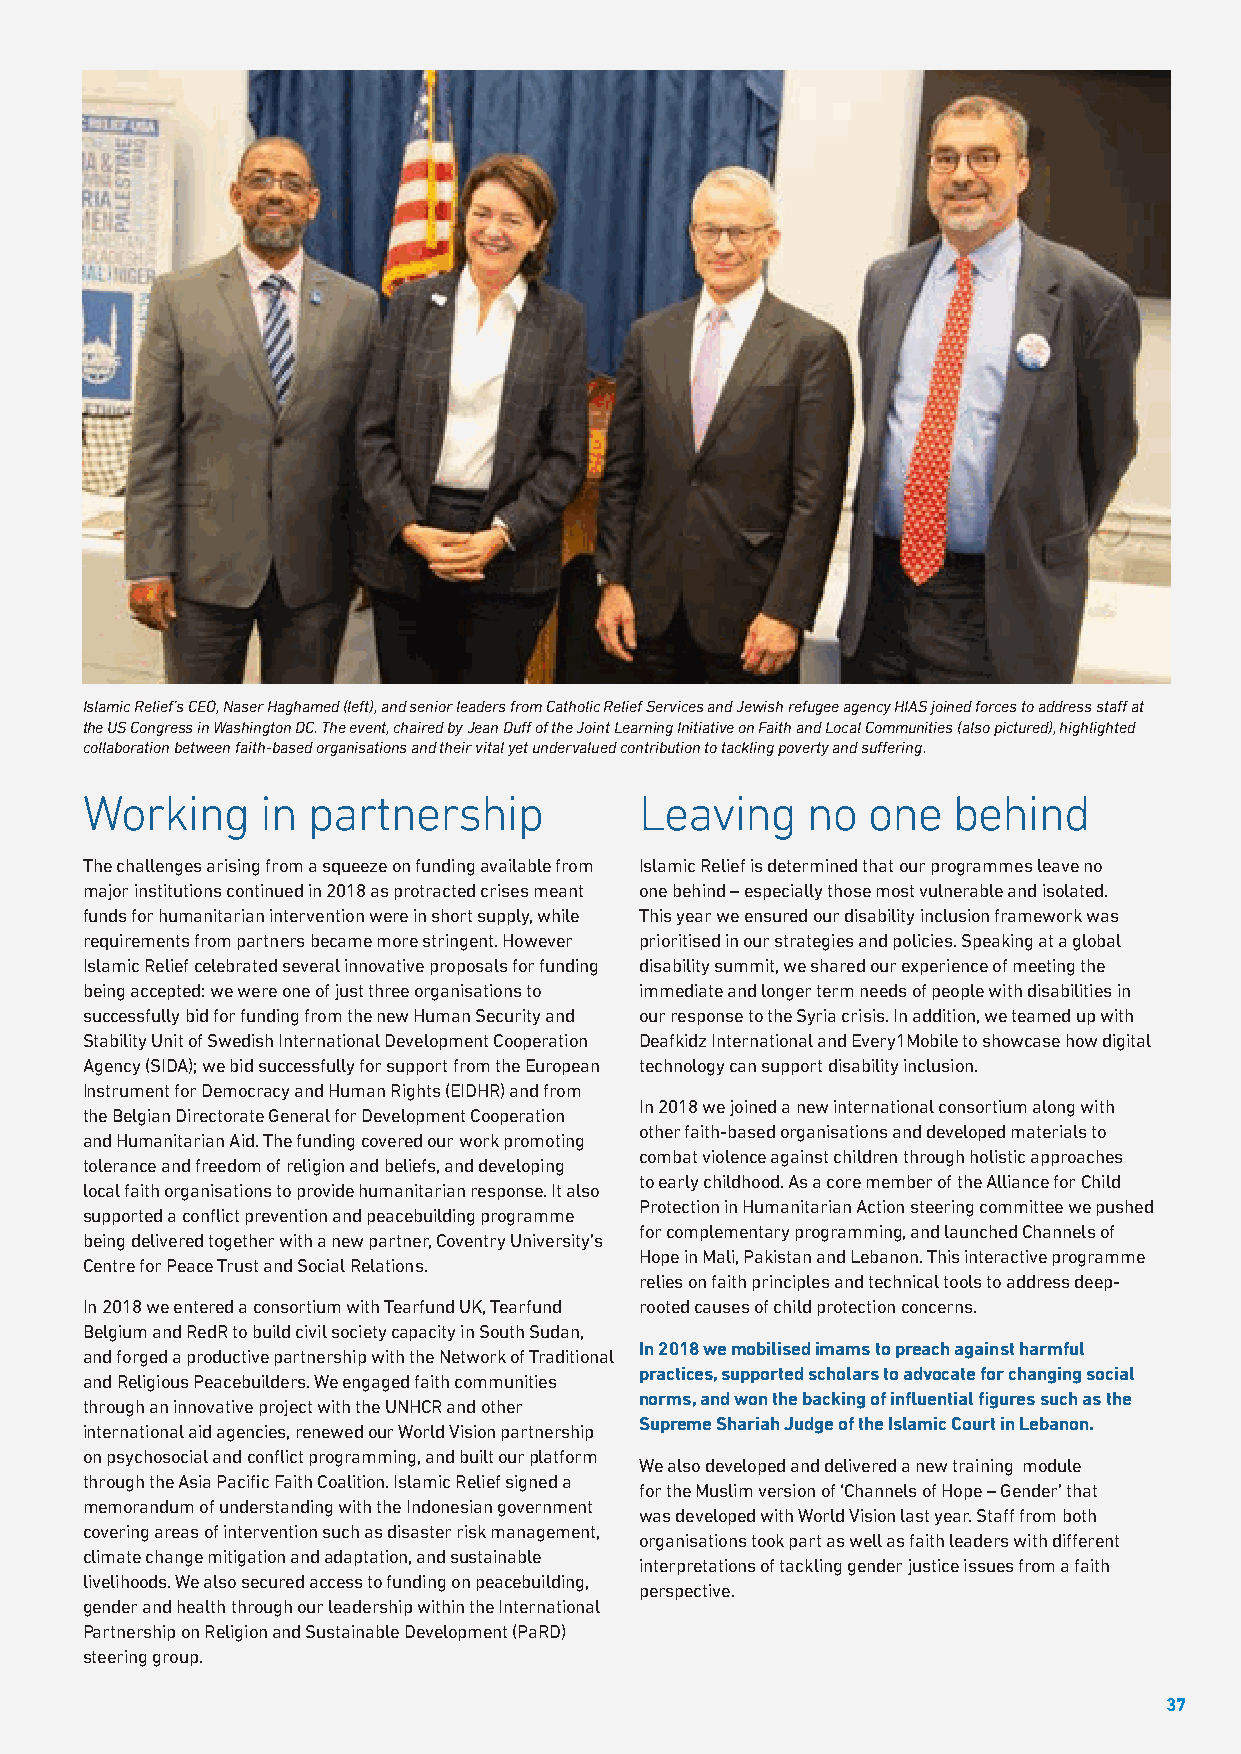
Islamic Relief’s CEO, Naser Haghamed (left), and senior leaders from Catholic Relief Services and Jewish refugee agency HIAS joined forces to address staff at
 the US Congress in Washington DC. The event, chaired by Jean Duff of the Joint Learning Initiative on Faith and Local Communities (also pictured), highlighted
 collaboration between faith-based organisations and their vital yet undervalued contribution to tackling poverty and suffering.
 Working     in partnership           Leaving    no  one   behind
 The challenges arising from a squeeze on funding available from Islamic Relief is determined that our programmes leave no
 major institutions continued in 2018 as protracted crises meant one behind – especially those most vulnerable and isolated.
 funds for humanitarian intervention were in short supply, while This year we ensured our disability inclusion framework was
 requirements from partners became more stringent. However prioritised in our strategies and policies. Speaking at a global
 Islamic Relief celebrated several innovative proposals for funding disability summit, we shared our experience of meeting the
 being accepted: we were one of just three organisations to immediate and longer term needs of people with disabilities in
 successfully bid for funding from the new Human Security and our response to the Syria crisis. In addition, we teamed up with
 Stability Unit of Swedish International Development Cooperation Deafkidz International and Every1Mobile to showcase how digital
 Agency (SIDA); we bid successfully for support from the European technology can support disability inclusion.
 Instrument for Democracy and Human Rights (EIDHR) and from
 In 2018 we joined a new international consortium along with
 the Belgian Directorate General for Development Cooperation
 other faith-based organisations and developed materials to
 and Humanitarian Aid. The funding covered our work promoting
 combat violence against children through holistic approaches
 tolerance and freedom of religion and beliefs, and developing
 to early childhood. As a core member of the Alliance for Child
 local faith organisations to provide humanitarian response. It also
 Protection in Humanitarian Action steering committee we pushed
 supported a conflict prevention and peacebuilding programme
 for complementary programming, and launched Channels of
 being delivered together with a new partner, Coventry University’s
 Hope in Mali, Pakistan and Lebanon. This interactive programme
 Centre for Peace Trust and Social Relations.
 relies on faith principles and technical tools to address deep-
 In 2018 we entered a consortium with Tearfund UK, Tearfund rooted causes of child protection concerns.
 Belgium and RedR to build civil society capacity in South Sudan,
 In 2018 we mobilised imams to preach against harmful
 and forged a productive partnership with the Network of Traditional
 practices, supported scholars to advocate for changing social
 and Religious Peacebuilders. We engaged faith communities
 norms, and won the backing of influential figures such as the
 through an innovative project with the UNHCR and other
 Supreme Shariah Judge of the Islamic Court in Lebanon.
 international aid agencies, renewed our World Vision partnership
 on psychosocial and conflict programming, and built our platform
 We also developed and delivered a new training module
 through the Asia Pacific Faith Coalition. Islamic Relief signed a
 for the Muslim version of ‘Channels of Hope – Gender’ that
 memorandum of understanding with the Indonesian government
 was developed with World Vision last year. Staff from both
 covering areas of intervention such as disaster risk management,
 organisations took part as well as faith leaders with different
 climate change mitigation and adaptation, and sustainable
 interpretations of tackling gender justice issues from a faith
 livelihoods. We also secured access to funding on peacebuilding,
 perspective.
 gender and health through our leadership within the International
 Partnership on Religion and Sustainable Development (PaRD)
 steering group.
 37